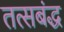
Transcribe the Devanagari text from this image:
तत्सबंद्ध